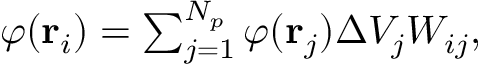
\begin{array} { r } { \varphi ( \boldsymbol { \mathbf { r } } _ { i } ) = \sum _ { j = 1 } ^ { N _ { p } } \varphi ( \boldsymbol { \mathbf { r } } _ { j } ) { \Delta { V } _ { j } } W _ { i j } , } \end{array}